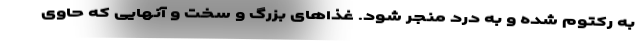
به رکتوم شده و به درد منجر شود. غذاهای بزرگ و سخت و آنهایی که حاوی